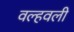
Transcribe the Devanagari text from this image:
वल्हवली